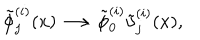
\tilde { \phi } _ { j } ^ { ( i ) } ( x ) \longrightarrow \tilde { \phi } _ { 0 } ^ { ( i ) } \tilde { \upsilon } _ { j } ^ { ( i ) } ( x ) ,